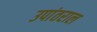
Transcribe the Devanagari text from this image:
उपांतराल